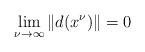
LaTeX: \begin{align*}\lim_{\nu \to \infty} \|d(x^\nu)\| = 0\end{align*}